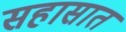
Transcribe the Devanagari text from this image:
सहासात